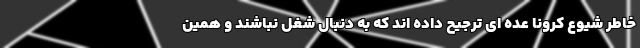
خاطر شیوع کرونا عده ای ترجیح داده اند که به دنبال شغل نباشند و همین